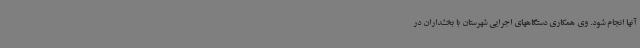
آنها انجام شود. وی همکاری دستگاههای اجرایی شهرستان با بخشداران در